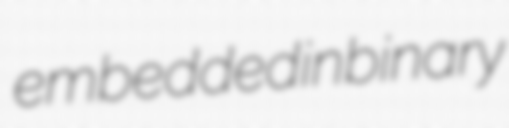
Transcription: embedded in binary